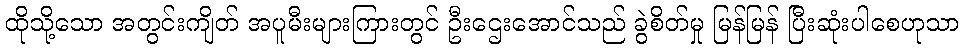
ထိုသို့သော အတွင်းကျိတ် အပူမီးများကြားတွင် ဦးဌေးအောင်သည် ခွဲစိတ်မှု မြန်မြန် ပြီးဆုံးပါစေဟုသာ